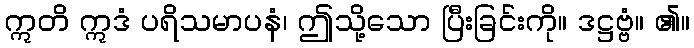
ဣတိ ဣဒံ ပရိသမာပနံ၊ ဤသို့သော ပြီးခြင်းကို။ ဒဋ္ဌဗ္ဗံ။ ၏။